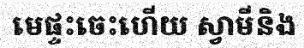
មេផ្ទះចេះហើយ ស្វាមីនិង